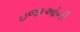
ઇજાઓની